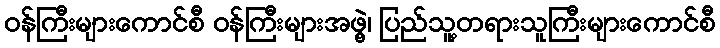
ဝန်ကြီးများကောင်စီ ဝန်ကြီးများအဖွဲ့၊ ပြည်သူ့တရားသူကြီးများကောင်စီ